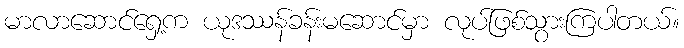
မာလာဆောင်ရှေ့က ယုဒဿန်ခန်းမဆောင်မှာ လုပ်ဖြစ်သွားကြပါတယ်။